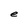
Character: e